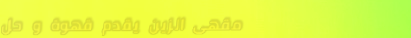
مقهى الزين يقدم قهوة و حل